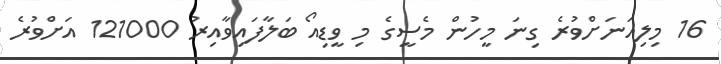
16 މިލިއަނަށްވުރެ ގިނަ މީހުން މެސީގެ މި ވީޑިއޯ ބަލާފައިވާއިރު 121000 އަށްވުރެ